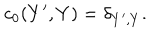
c _ { 0 } ( Y ^ { \prime } , Y ) = \delta _ { Y ^ { \prime } , Y } .